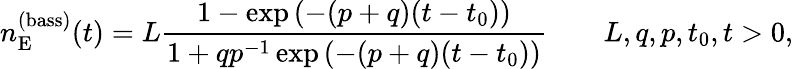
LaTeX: n_{\mathrm{E}}^{(\mathrm{bass})}(t)=L\frac{1-\exp\left(-(p+q)(t-t_{0})\right)}{1+qp^{-1}\exp\left(-(p+q)(t-t_{0})\right)}\qquad L,q,p,t_{0},t>0,